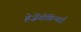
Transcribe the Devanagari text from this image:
हेर्ज़ेगोविन्याई